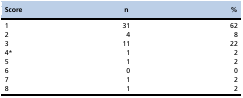
| Score | n | % |
 | --- | --- | --- |
 | 1 | 31 | 62 |
 | 2 | 4 | 8 |
 | 3 | 11 | 22 |
 | 4* | 1 | 2 |
 | 5 | 1 | 2 |
 | 6 | 0 | 0 |
 | 7 | 1 | 2 |
 | 8 | 1 | 2 |